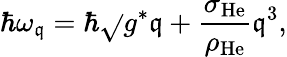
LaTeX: \hbar\omega_{\mathfrak{q}}=\hbar\sqrt{}{{g^{\ast}\mathfrak{q}+\frac{{\sigma_{\mathrm{{He}}}}}{{\rho_{\mathrm{{He}}}}}\mathfrak{q}^{3}}},